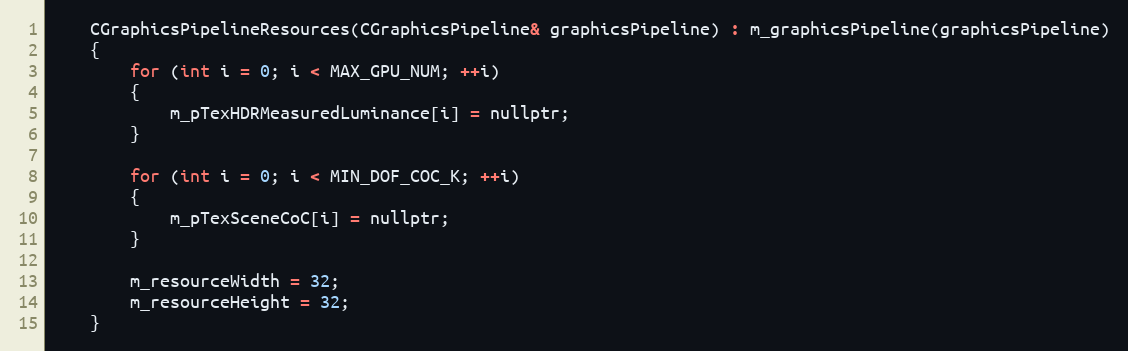
Language: C
	CGraphicsPipelineResources(CGraphicsPipeline& graphicsPipeline) : m_graphicsPipeline(graphicsPipeline)
	{
		for (int i = 0; i < MAX_GPU_NUM; ++i)
		{
			m_pTexHDRMeasuredLuminance[i] = nullptr;
		}

		for (int i = 0; i < MIN_DOF_COC_K; ++i)
		{
			m_pTexSceneCoC[i] = nullptr;
		}

		m_resourceWidth = 32;
		m_resourceHeight = 32;
	}